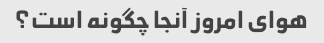
هوای امروز آنجا چگونه است؟